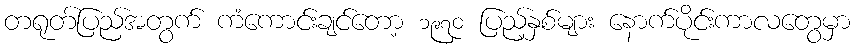
တရုတ်ပြည်အတွက် ကံကောင်းချင်တော့ ၁၉၇၀ ပြည့်နှစ်များ နောက်ပိုင်းကာလတွေမှာ